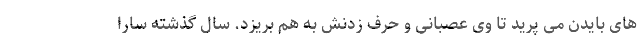
های بایدن می پرید تا وی عصبانی و حرف زدنش به هم بریزد. سال گذشته سارا